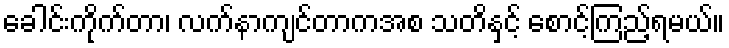
ခေါင်းကိုက်တာ၊ လက်နာကျင်တာကအစ သတိနှင့် စောင့်ကြည့်ရမယ်။